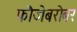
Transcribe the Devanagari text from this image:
फौजेबरोबर